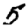
Digit: 5